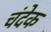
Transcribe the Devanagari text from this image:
चंदेक